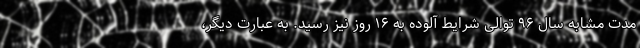
مدت مشابه سال ۹۶ توالی شرایط آلوده به ۱۶ روز نیز رسید. به عبارت دیگر،